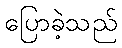
ပြောခဲ့သည်